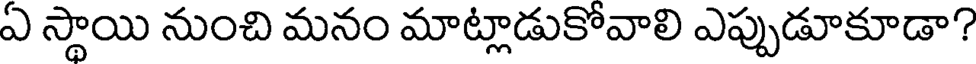
ఏ స్థాయి నుంచి మనం మాట్లాడుకోవాలి ఎప్పుడూకూడా?